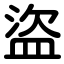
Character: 盜